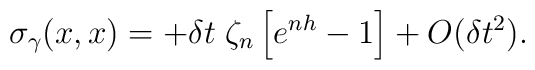
\sigma_\gamma(x,x)=   + \delta t  \; \zeta_n \left[ e^{nh} -1 \right]+ O(\delta t^2).